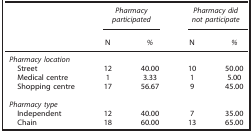
<table><thead><tr><td><b> </b></td><td colspan="2"><b><i>Pharmacy participated</i></b></td><td colspan="2"><b><i>Pharmacy did not participate</i></b></td></tr><tr><td><b> </b></td><td><b>N</b></td><td><b><i>%</i></b></td><td><b>N</b></td><td><b><i>%</i></b></td></tr></thead><tbody><tr><td colspan="5"><i>Pharmacy location</i></td></tr><tr><td> Street</td><td>12</td><td>40.00</td><td>10</td><td>50.00</td></tr><tr><td> Medical centre</td><td>1</td><td>3.33</td><td>1</td><td>5.00</td></tr><tr><td> Shopping centre</td><td>17</td><td>56.67</td><td>9</td><td>45.00</td></tr><tr><td> </td><td> </td><td> </td><td> </td><td> </td></tr><tr><td colspan="5"><i>Pharmacy type</i></td></tr><tr><td> Independent</td><td>12</td><td>40.00</td><td>7</td><td>35.00</td></tr><tr><td> Chain</td><td>18</td><td>60.00</td><td>13</td><td>65.00</td></tr></tbody></table>